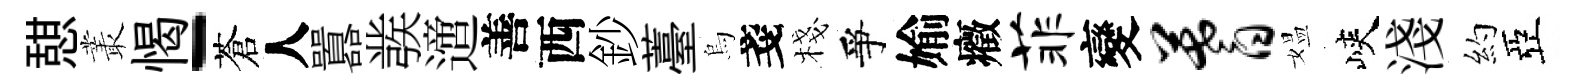
憇叢愒-蒼人囂彂𨗁善西鈔薹烏戔棧爭媮癥菲變蓍媪峽淺約亞